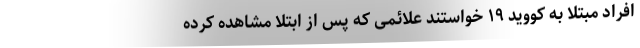
افراد مبتلا به کووید ۱۹ خواستند علائمی که پس از ابتلا مشاهده کرده